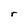
Character: r